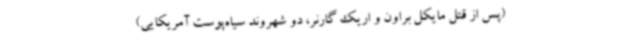
(‌پس از قتل مایکل براون و اریک گارنر، دو شهروند سیاه‌پوست آمریکایی)